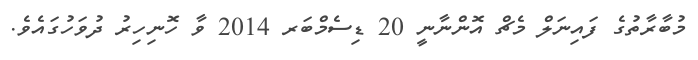
މުބާރާތުގެ ފައިނަލް މެޗް އޮންނާނީ 20 ޑިސެމްބަރ 2014 ވާ ހޮނިހިރު ދުވަހުގައެވެ.